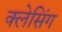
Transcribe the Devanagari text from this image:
क्लेसिंग